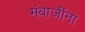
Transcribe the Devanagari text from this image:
मंबाजींना